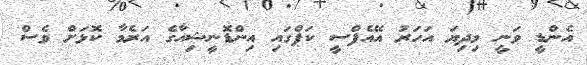
އެންޑީ ވަނީ މިދިޔަ އަހަރު އޭއެފްސީ ކަޕްގައި އިންޑޮނީޝިއާގެ އަރެމާ ކޮޅަށް ވެސް